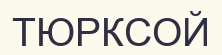
ТЮРКСОЙ